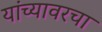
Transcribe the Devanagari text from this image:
यांच्यावरचा